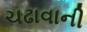
ચઢાવાની